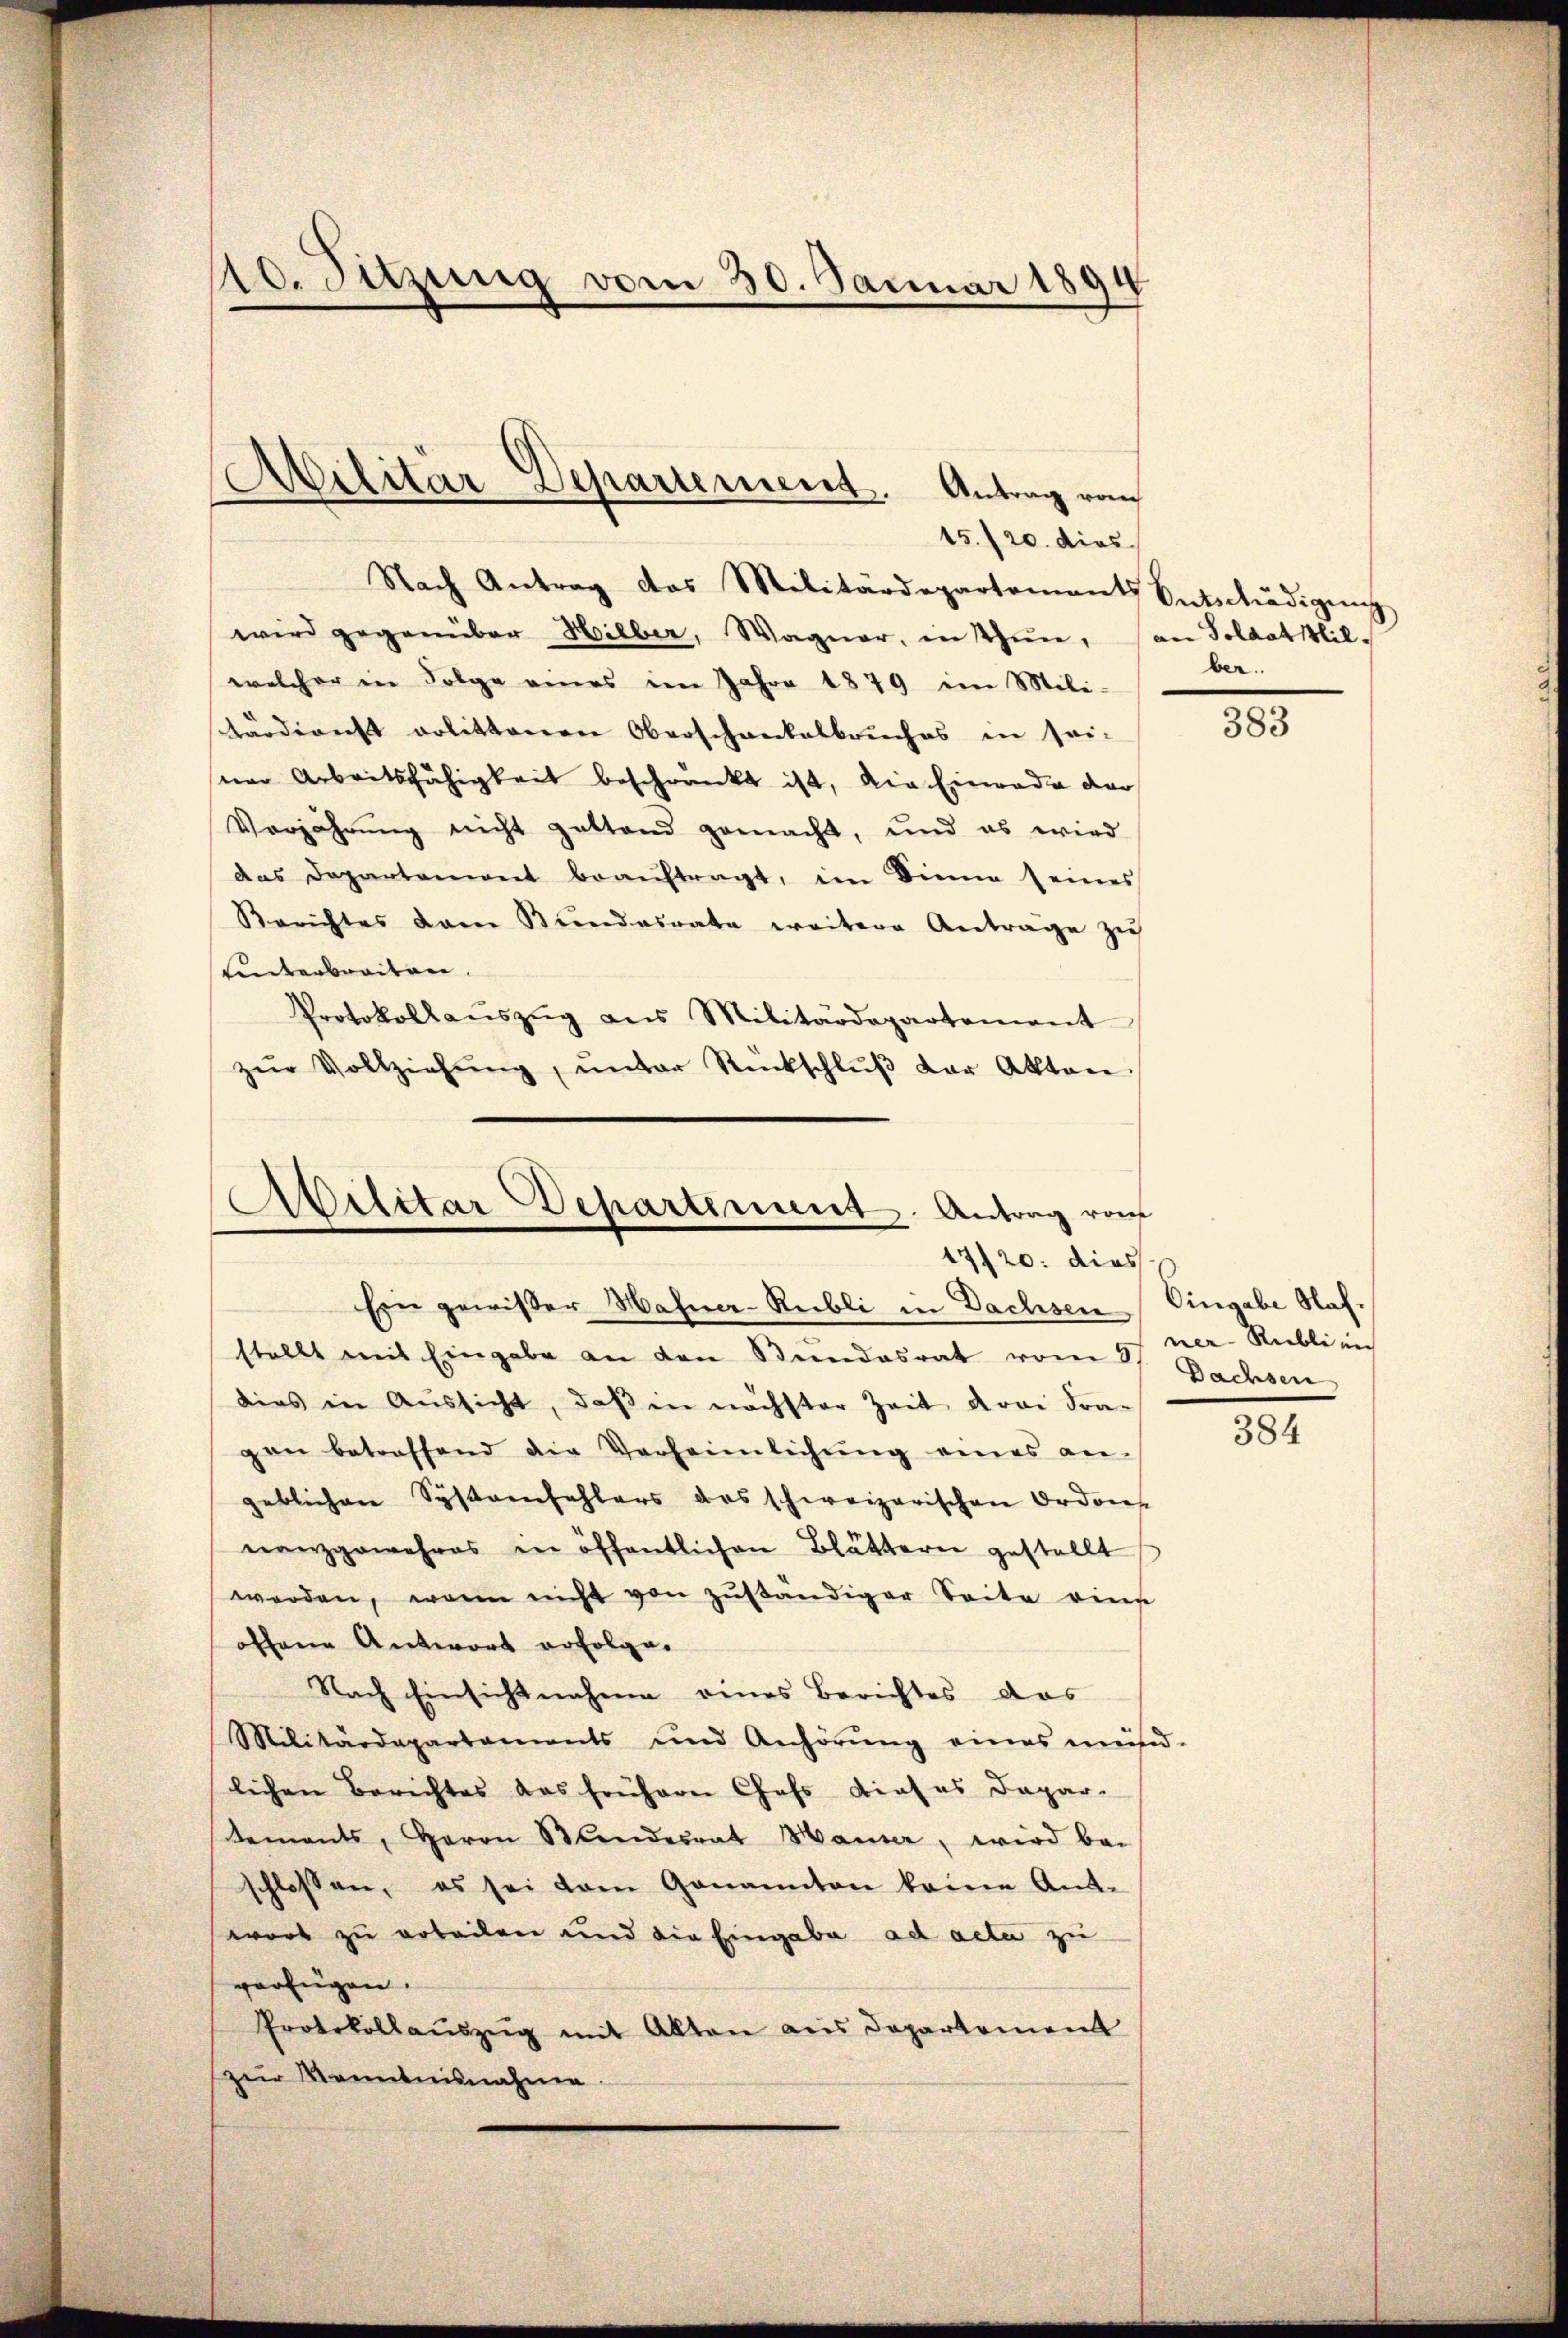
15./20. dies
Nach Antrag das Militärdepartement Entschädigŭng
wird gegenüber Hilber, Wagner, in Thun, an Soldathil-
welcher in Folge eines im Jahre 1879 im Mili-
tärdienst erlittenen Oberschankelbruches in sei-
ster Arbeitsfähigkeit beschränkt ist, die Einrade der
Verjährung nicht gestand gemacht, und es wird
das Departemont beaŭftragt, im Sinne seines
Berichtes dan Bŭndesrate weitere Anträge zŭ
Unterbreiten.
Protokollaŭszŭg ans Militärdepartement
zŭr Vollziehŭng ŭnter Rückschlŭβ der Akten

10. Sitzung vom 30. Januar 1894
e

Militär Departement. Antrag vom

Abilitar Departement. Antrag von
17/20. dies
Ein gewißer Hahner-Rubli in Dachsen Eingabe Naf¬

stellt mit Eingabe an den Bundesrat vom 9/ ner. Rublizi
dies in Aussicht, daß in nächster Zeit drei Fra-
gen betreffend die Verheimlichŭng eines an-
geblichen Systemfehlers das schweizerischen Ordonn
nanzgewehres in öffentlichen Blättern gestellt
werden, wenn nicht von zŭständiger Seite eine
offene Antwort erfolge.
Nach Einsichtnahme eines Berichtes das
Militärdepartaments und Anhörŭng eines müs-
lichen Berichtes das früherer Chefs dieses Dapar-
tements, Herrn Standesrat Hauser, wird bei
schlossen, es sei dem Genannten keine Ant-
wort zu arbeilen und die Eingabe ad acta zu
verfügen.
Protokollaŭszŭg mit Alten aus Departement
(zur Kenntnisnahme

ber.

383

Dachsen

384